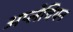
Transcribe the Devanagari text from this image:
अप्लेचियन